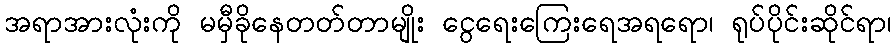
အရာအားလုံးကို မမှီခိုနေတတ်တာမျိုး ငွေရေးကြေးရေအရရော၊ ရုပ်ပိုင်းဆိုင်ရာ၊